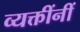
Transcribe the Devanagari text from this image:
व्यक्तींनीं